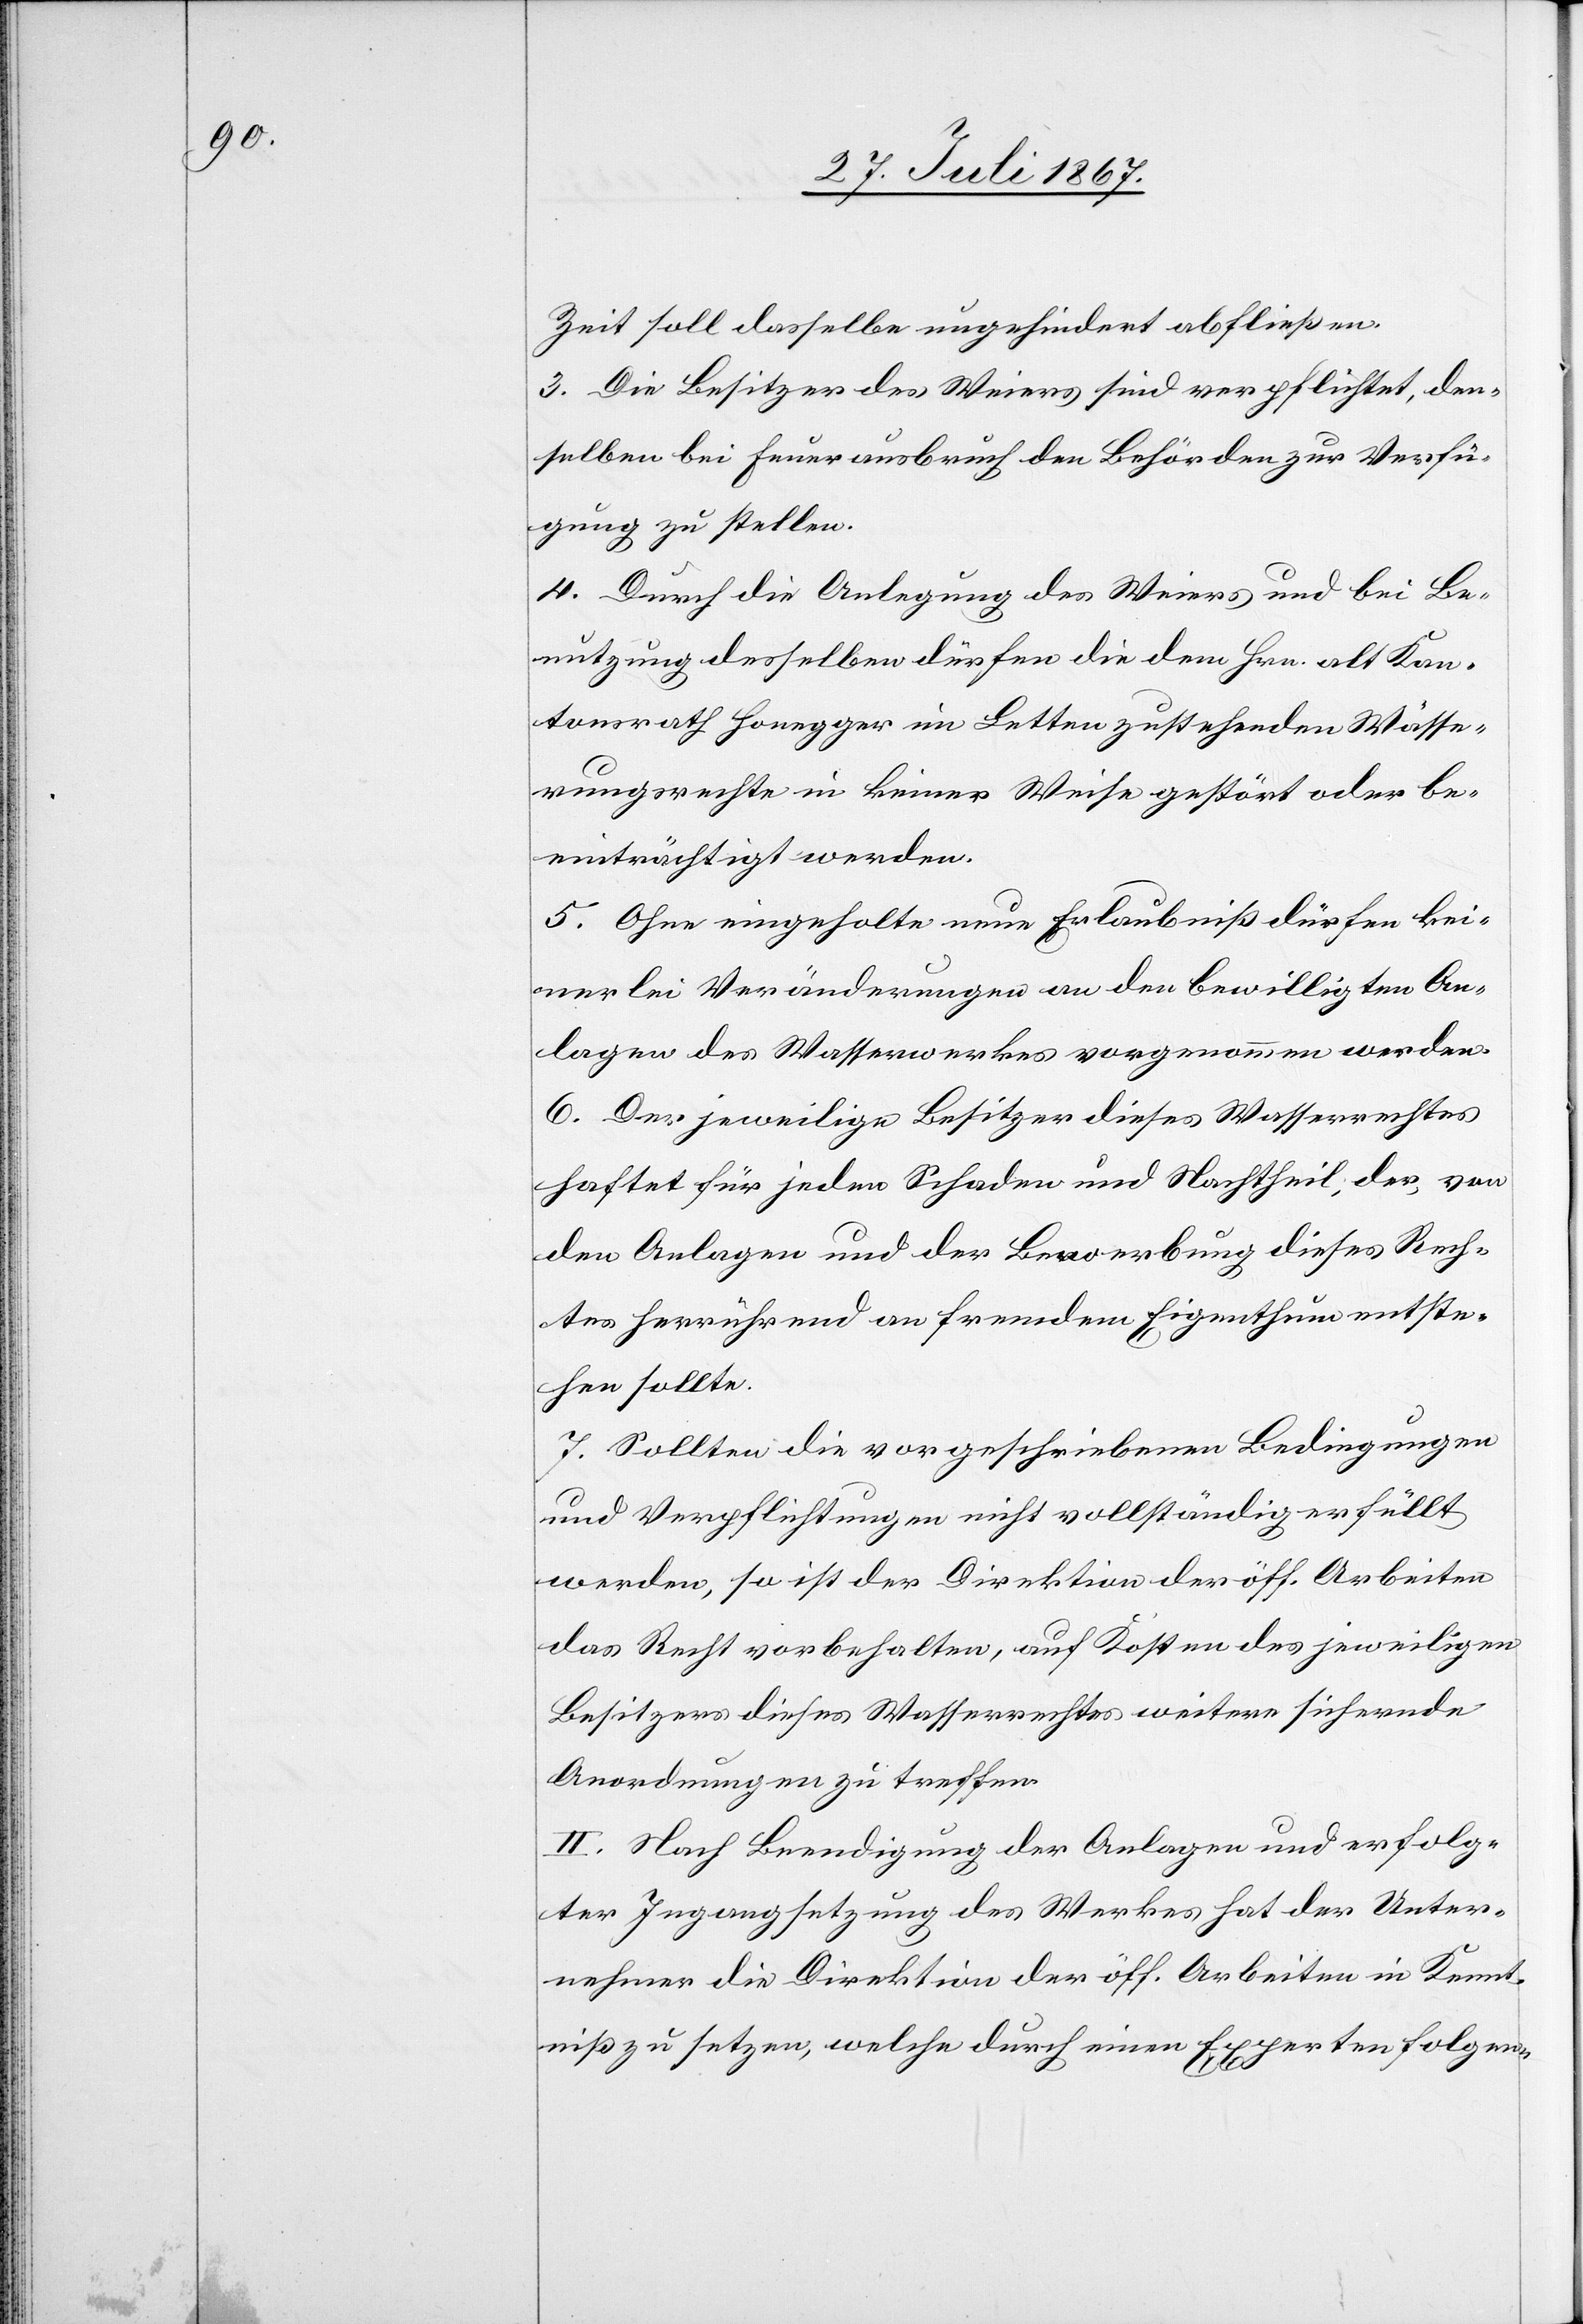
Zeit soll dasselbe ungehindert abfließen.
3. Die Besitzer des Weiers sind verpflichtet, den¬
selben bei Feuerausbruch den Behörden zur Verfü¬
gung zu stellen.
4. Durch die Anlegung des Weiers und die Be¬
nutzung desselben dürfen die dem Hrn. alt Kan¬
tonsrath Honegger im Letten zustehenden Wässe¬
rungsrechte in keiner Weise gestört oder be¬
einträchtigt werden.
5. Ohne eingeholte neue Erlaubniß dürfen kei¬
nerlei Veränderungen an den bewilligten An¬
lagen des Wasserwerkes vorgenommen werden.
6. Der jeweilige Besitzer dieses Wasserrechtes
haftet für jeden Schaden und Nachtheil, der, von
den Anlagen und der Bewerbung dieses Rech¬
tes herrührend an fremdem Eigenthum entste¬
hen sollte.
7. Sollten die vorgeschriebenen Bedingungen
und Verpflichtungen nicht vollständig erfüllt
werden, so ist der Direktion der öff. Arbeiten
das Recht vorbehalten, auf Kosten des jeweiligen
Besitzers dieses Wasserrechtes weitere sichernde
Anordnungen zu treffen.
II. Nach Beendigung der Anlagen und erfolg¬
ter Ingangsetzung des Werkes hat der Unter¬
nehmer die Direktion der öff. Arbeiten in Kennt¬
niß zu setzen, welche durch einen Experten folgen-